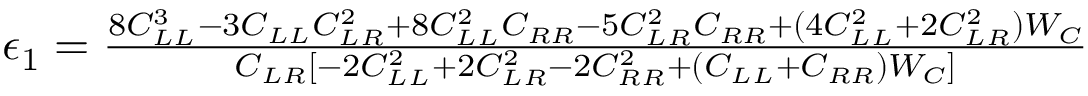
\begin{array} { r } { \epsilon _ { 1 } = \frac { 8 C _ { L L } ^ { 3 } - 3 C _ { L L } C _ { L R } ^ { 2 } + 8 C _ { L L } ^ { 2 } C _ { R R } - 5 C _ { L R } ^ { 2 } C _ { R R } + ( 4 C _ { L L } ^ { 2 } + 2 C _ { L R } ^ { 2 } ) W _ { C } } { C _ { L R } [ - 2 C _ { L L } ^ { 2 } + 2 C _ { L R } ^ { 2 } - 2 C _ { R R } ^ { 2 } + ( C _ { L L } + C _ { R R } ) W _ { C } ] } } \end{array}